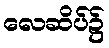
လေဆိပ်၌